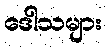
ဒေါသများ